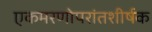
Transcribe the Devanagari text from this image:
एकमरणोपरांतशीर्षक